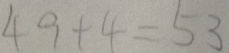
4 9 + 4 = 5 3